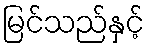
မြင်သည်နှင့်